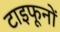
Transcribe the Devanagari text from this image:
टाइफूनों